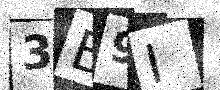
Text: 3B9I